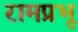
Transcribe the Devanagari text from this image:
रामप्रभू